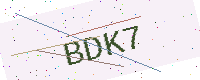
Text: BDK7